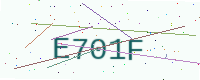
Text: E701F